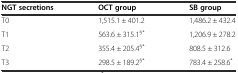
<table><thead><tr><td><b>NGT secretions</b></td><td><b>OCT group</b></td><td><b>SB group</b></td></tr></thead><tbody><tr><td>T0</td><td>1,515.1 ± 401.2</td><td>1,486.2 ± 432.4</td></tr><tr><td>T1</td><td>563.6 ± 315.1<sup>§*</sup></td><td>1,206.9 ± 278.2</td></tr><tr><td>T2</td><td>355.4 ± 205.4<sup>§*</sup></td><td>808.5 ± 312.6</td></tr><tr><td>T3</td><td>298.5 ± 189.2<sup>§*</sup></td><td>783.4 ± 258.6<sup>*</sup></td></tr></tbody></table>